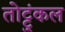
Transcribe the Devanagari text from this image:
तोट्टुंकल